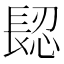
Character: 𨲅